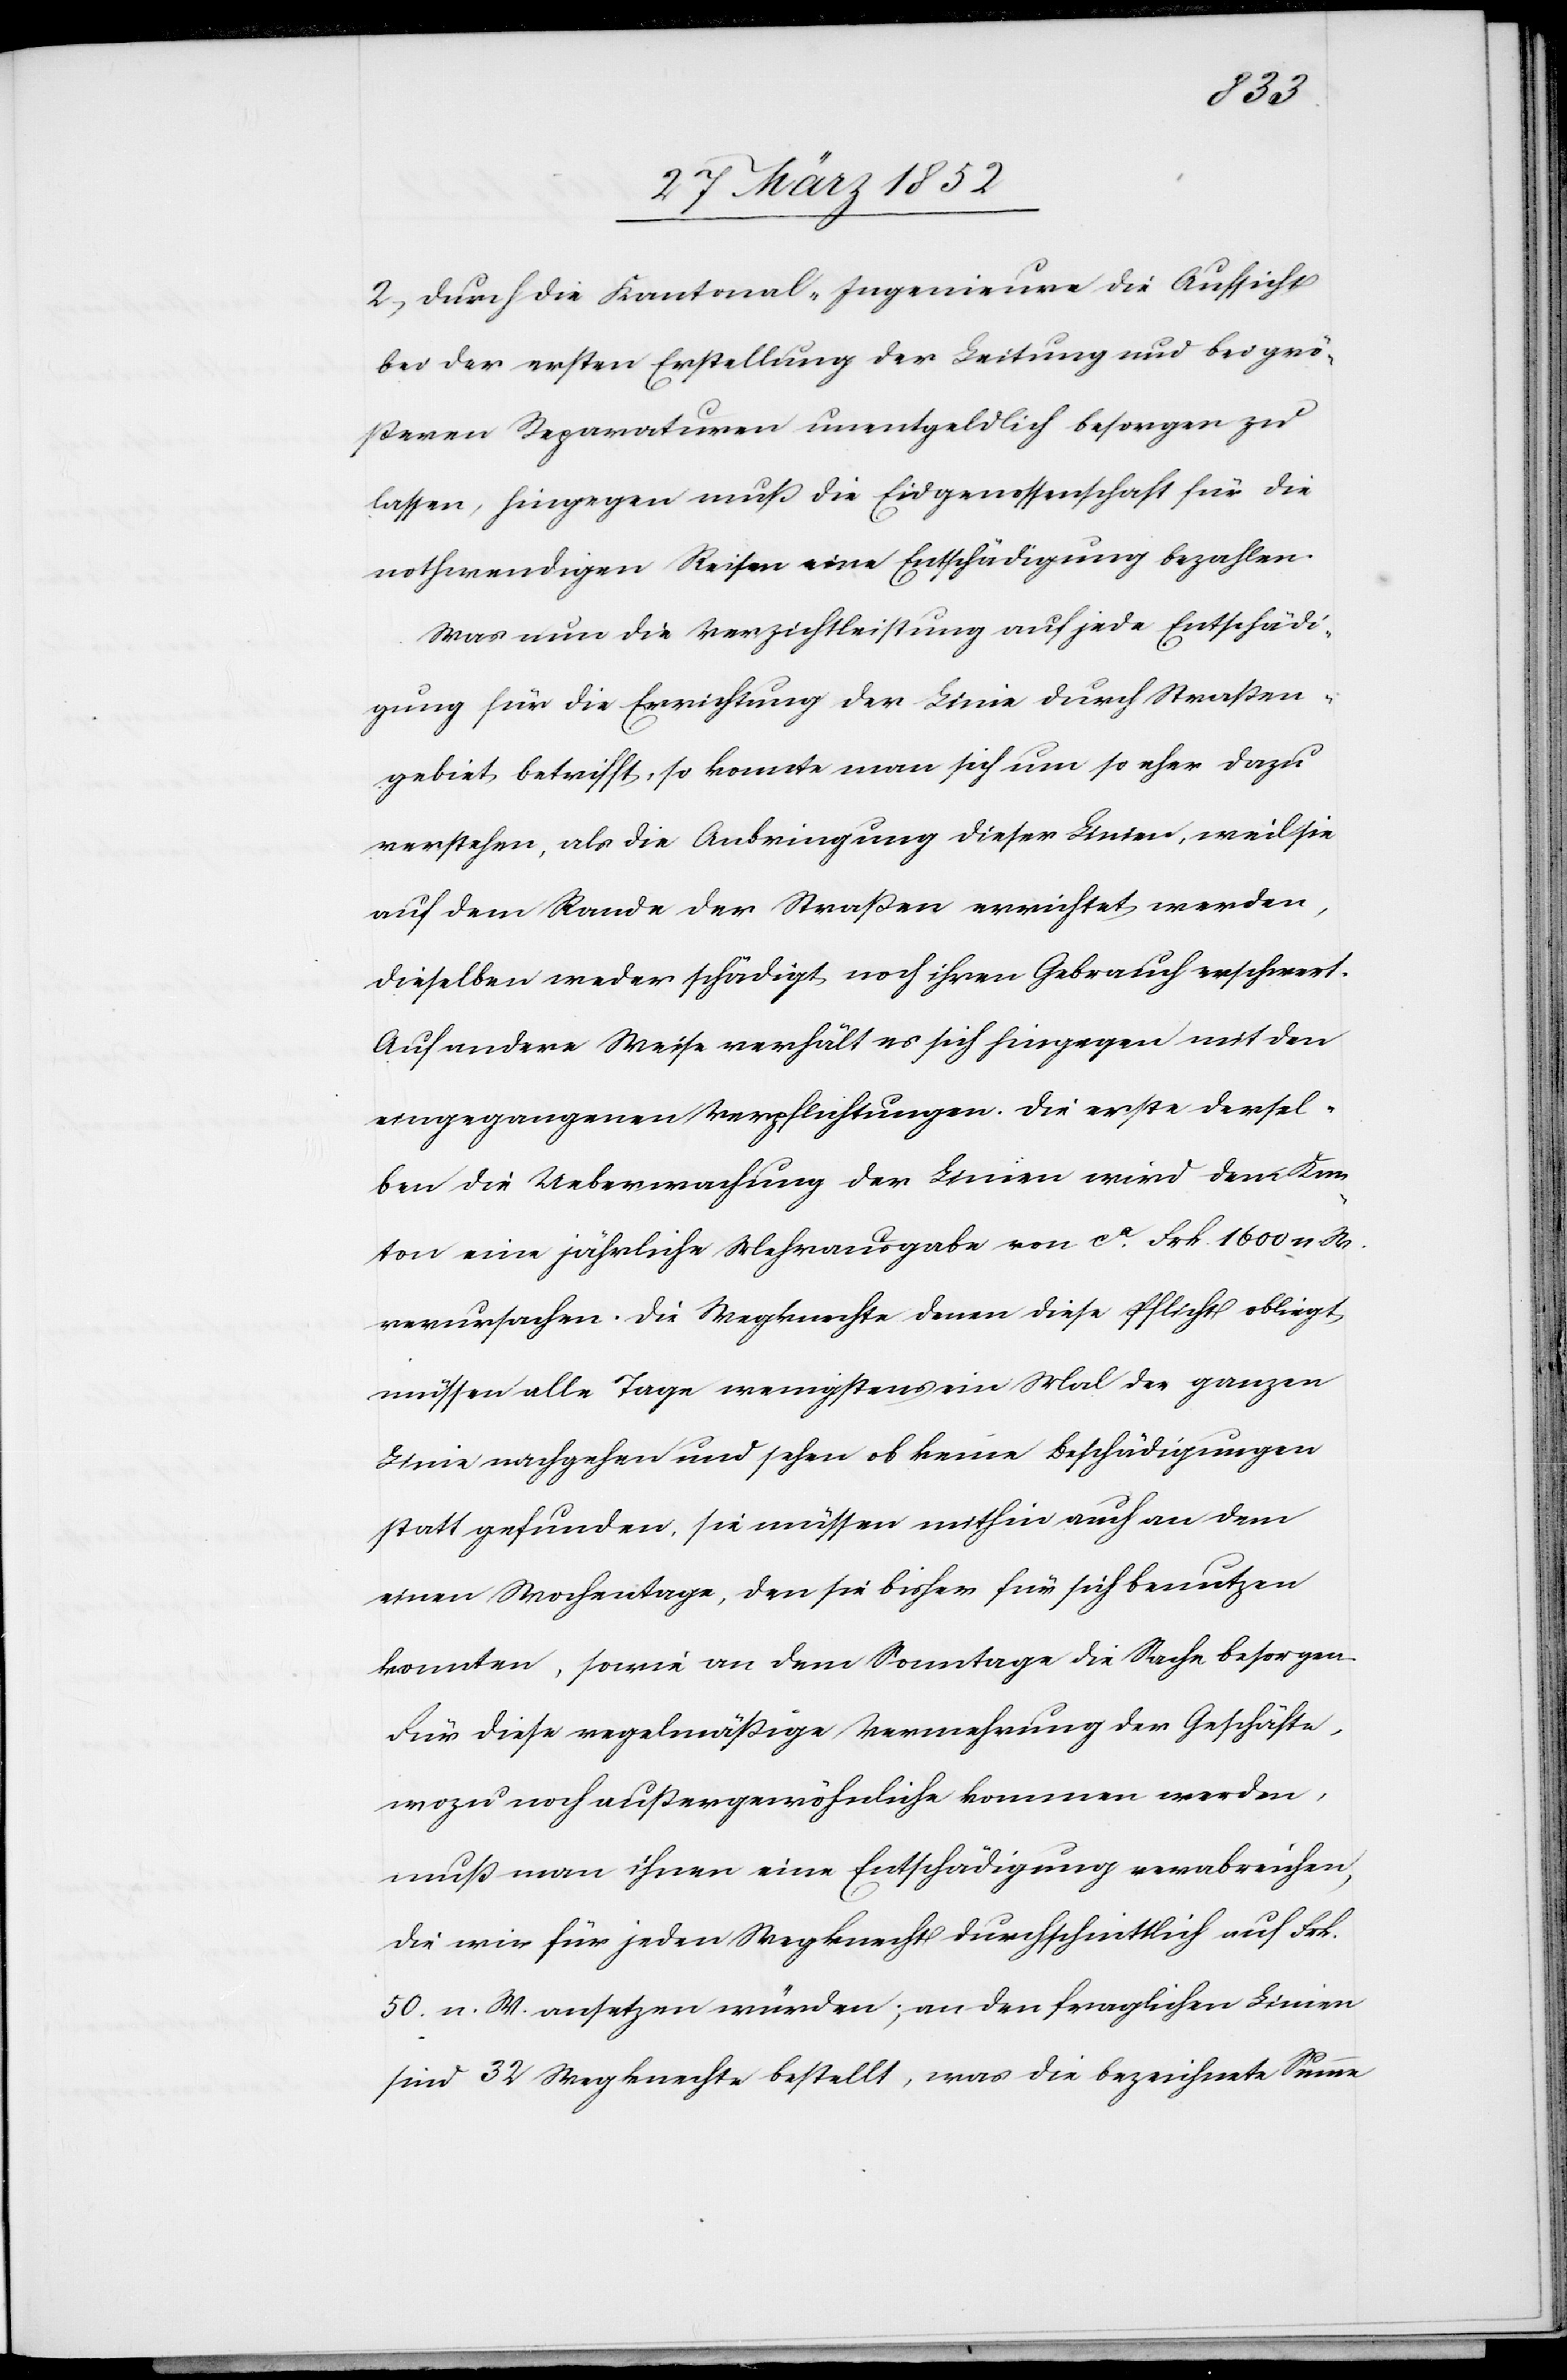
2) Durch die Kantonal-Ingenieure die Aufsicht
bei der ersten Erstellung der Leitung und bei grö¬
ßeren Reparaturen unentgeldlich besorgen zu
lassen, hingegen muß die Eidgenossenschaft für die
nothwendigen Reisen eine Entschädigung bezahlen.
Was nun die Verzichtleistung auf jede Entschädi¬
gung für die Errichtung der Linie durch Straßen¬
gebiet betrifft, so konnte man sich um so eher dazu
verstehen, als die Anbringung dieser Linien, weil sie
auf dem Rande der Straßen errichtet werden,
dieselben weder schädigt noch ihren Gebrauch erschwert.
Auf andere Weise verhält es sich hingegen mit den
eingegangenen Verpflichtungen. Die erste dersel¬
ben die Uebermachung der Linien wird dem Kan¬
ton eine jährliche Mehrausgabe von ca Frk. 1600 n W.
verursachen. Die Wegknechte denen diese Pflicht obliegt
müssen alle Tage wenigstens ein Mal der ganzen
Linie nachgehen und sehen ob keine Beschädigungen
statt gefunden. Sie müssen mithin auch an dem
einen Wochentage, den sie bisher für sich benutzen
konnten, sowie an dem Sonntage die Sache besorgen.
Für diese regelmäßige Vermehrung der Geschäfte,
wozu noch außergewöhnliche kommen werden,
muß man ihnen eine Entschädigung verabreichen,
die wir für jeden Wegknecht durchschnittlich auf Frk.
50 n. W. ansetzen würden; an den fraglichen Linien
sind 32 Wegknechte bestellt, was die bezeichnete Summe